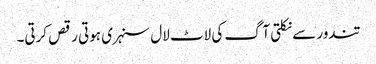
تندور سے نکلتی آگ کی لاٹ لال سنہری ہوتی رقص کرتی۔